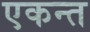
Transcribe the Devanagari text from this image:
एकन्त